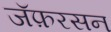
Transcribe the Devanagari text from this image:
जॅफ़रसन